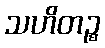
သဟိတဉ္စ